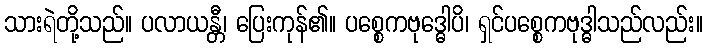
သားရဲတို့သည်။ ပလာယန္တီ၊ ပြေးကုန်၏။ ပစ္စေကဗုဒ္ဓေါပိ၊ ရှင်ပစ္စေကဗုဒ္ဓါသည်လည်း။